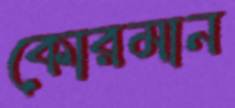
কোরমান